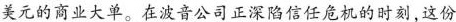
美元的商业大单。在波音公司正深陷信任危机的时刻，这份